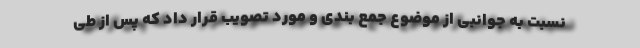
نسبت به جوانبی از موضوع جمع بندی و مورد تصویب قرار داد که پس از طی